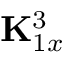
{ \bf K } _ { 1 x } ^ { 3 }